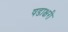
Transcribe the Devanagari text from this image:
षडाक्षरी